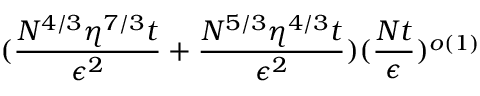
( \frac { N ^ { 4 / 3 } \eta ^ { 7 / 3 } t } { \epsilon ^ { 2 } } + \frac { N ^ { 5 / 3 } \eta ^ { 4 / 3 } t } { \epsilon ^ { 2 } } ) ( \frac { N t } { \epsilon } ) ^ { o ( 1 ) }